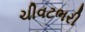
ચીવટભરી